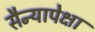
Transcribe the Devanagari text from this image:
सैन्यापेक्षा